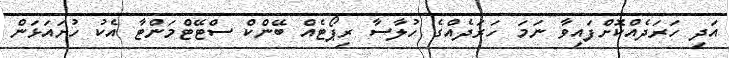
އަދި ހަރަދެއްކޮށްފައިވާ ނަމަ ހަރަދެއްގެ ހުލާސާ ރިޕޯޓެއް ބޭންކް ސްޓޭޓްމަންޓާ އެކު ހުށައަޅަން